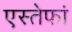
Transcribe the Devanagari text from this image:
एस्तेफां